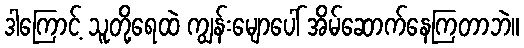
ဒါကြောင့် သူတို့ရေထဲ ကျွန်းမျောပေါ် အိမ်ဆောက်နေကြတာဘဲ။